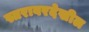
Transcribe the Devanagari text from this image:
स्तरावरदेखील